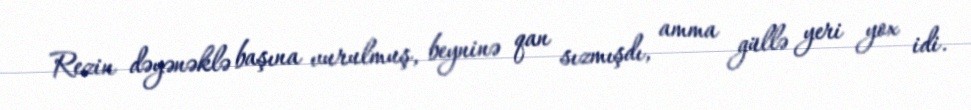
Rezin dəyənəklə başına vurulmuş, beyninə qan sızmışdı, amma güllə yeri yox idi.